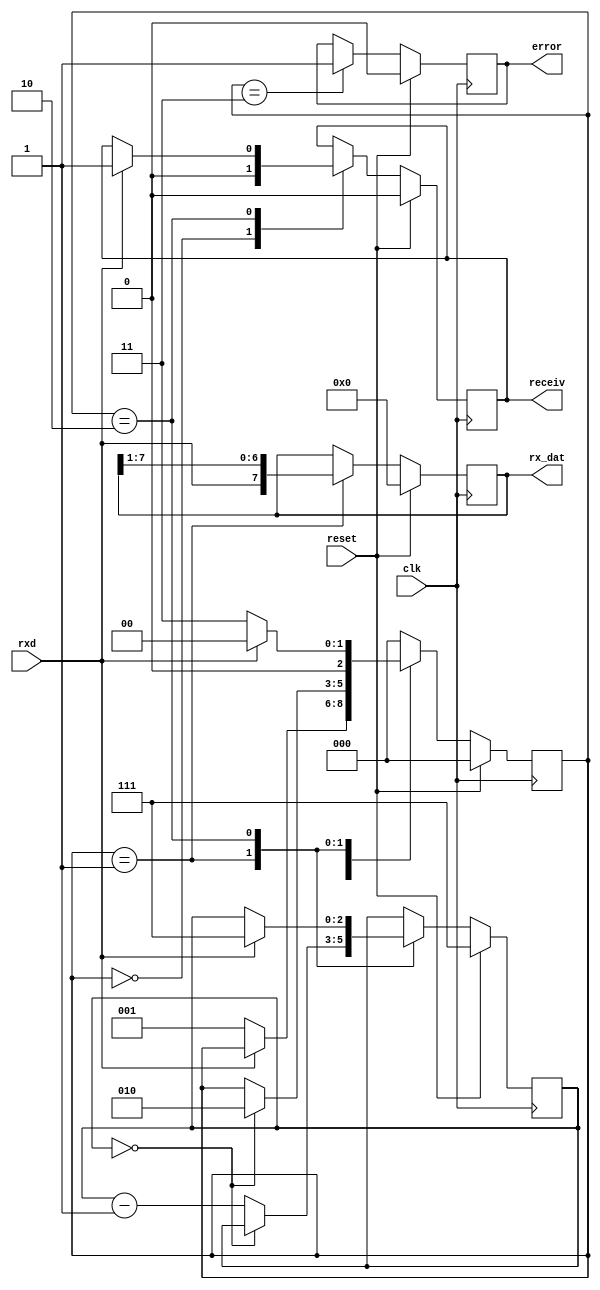
module usart_rx(
	input wire clk,
	input wire reset,
	input wire rxd,
	output reg [7:0] rx_dat = 0,
	output reg receiv = 0,
	output reg error = 0
);

parameter [2:0] WAIT_START	= 0 ;
parameter [2:0] RECEIVING 	= 1 ;
parameter [2:0] STOP_BIT 	= 2 ;
parameter [2:0] ERROR 		= 3 ;


reg [2:0] i = 3'b111 ;
reg [2:0] sm = 0 ;


always @(posedge clk) begin
	if (reset) begin
		rx_dat <= 0 ;
		i <= 3'b111 ;
		error <= 0 ;
		sm <= 0 ;
		receiv <= 0 ;
	end
	else begin
		case (sm)
			WAIT_START : begin
				receiv <= 0 ;
				if (!rxd) begin
					sm <= RECEIVING ;
				end
			end
			RECEIVING : begin
				rx_dat <= { rxd, rx_dat[7:1] } ;
				if (!i)
					sm <= STOP_BIT ;
				else
					i <= i-1 ;
			end
			STOP_BIT : begin
				if (rxd) begin
					i <= 3'b111 ;
					receiv <= 1 ;
					sm <= WAIT_START ;
				end
				else
					sm <= ERROR ;
			end
			ERROR : begin
				error <= 1 ;
				sm <= WAIT_START ;
			end
			default : begin
				sm <= WAIT_START ;
			end
		endcase
	end
end

endmodule